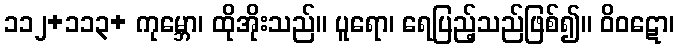
၁၁၂+၁၁၃+ ကုမ္ဘော၊ ထိုအိုးသည်။ ပူရော၊ ရေပြည့်သည်ဖြစ်၍။ ဝိဝဋော၊